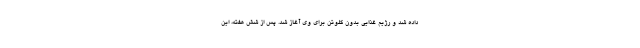
داده شد و رژیم غذایی بدون گلوتن برای وی آغاز شد. پس از شش هفته، این